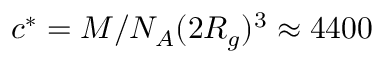
c ^ { * } = M / N _ { A } ( 2 R _ { g } ) ^ { 3 } \approx 4 4 0 0